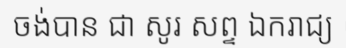
ចង់បាន ជា សូរ សព្ទ ឯករាជ្យ